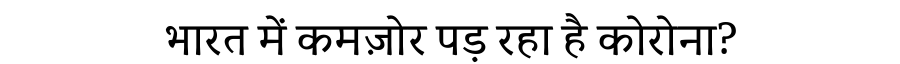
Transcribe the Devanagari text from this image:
भारत में कमज़ोर पड़ रहा है कोरोना?